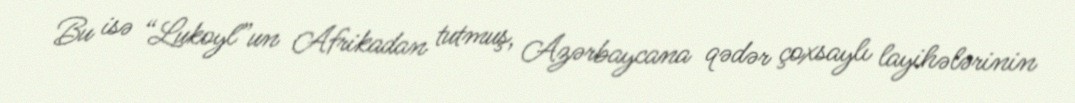
Bu isə “Lukoyl”un Afrikadan tutmuş, Azərbaycana qədər çoxsaylı layihələrinin